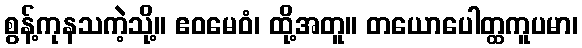
စွန့်ကုနသကဲ့သို့။ ဧဝမေဝံ၊ ထို့အတူ။ တယောပေါတ္ထကူပမာ၊